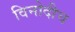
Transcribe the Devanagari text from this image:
विनोदीच